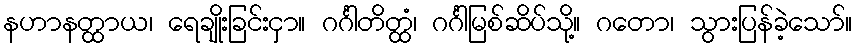
နဟာနတ္ထာယ၊ ရေချိုးခြင်းငှာ။ ဂင်္ဂါတိတ္ထံ၊ ဂင်္ဂါမြစ်ဆိပ်သို့။ ဂတော၊ သွားပြန်ခဲ့သော်။